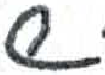
אות: ש